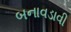
બનાવડાવી